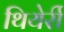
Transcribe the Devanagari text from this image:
थियेर्री